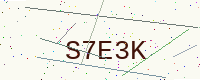
Text: S7E3K